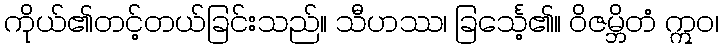
ကိုယ်၏တင့်တယ်ခြင်းသည်။ သီဟဿ၊ ခြင်္သေ့၏။ ဝိဇမ္ဘိတံ ဣဝ၊